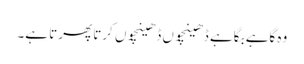
وہ گاہے بگاہے ڈھینچوں ڈھینچوں کرتا پھرتا ہے۔